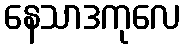
နေသာဒကုလေ